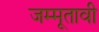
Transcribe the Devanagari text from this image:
जम्मूतावी